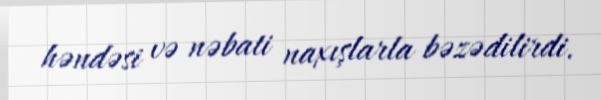
həndəsi və nəbati naxışlarla bəzədilirdi.